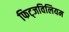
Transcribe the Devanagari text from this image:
फिट्जविलियम